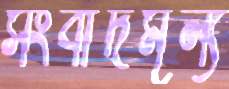
সংবাদমূল্য